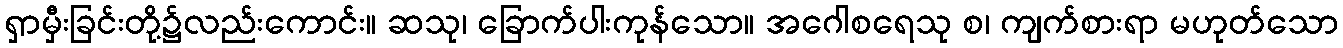
ရှာမှီးခြင်းတို့၌လည်းကောင်း။ ဆသု၊ ခြောက်ပါးကုန်သော။ အဂေါစရေသု စ၊ ကျက်စားရာ မဟုတ်သော